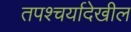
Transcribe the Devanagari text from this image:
तपश्चर्यादेखील